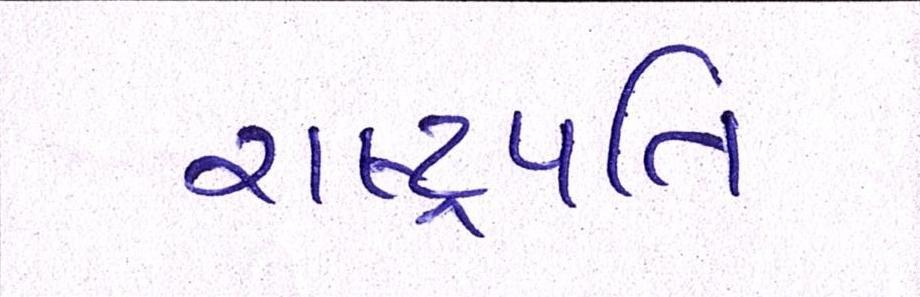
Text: રાષ્ટ્રપતિ